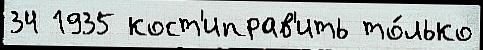
34 1935 кост'иправ'ить то́лько